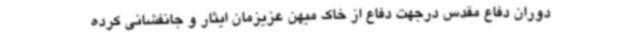
دوران دفاع مقدس درجهت دفاع از خاک میهن عزیزمان ایثار و جانفشانی کرده